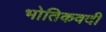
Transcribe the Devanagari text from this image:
भोतिकवदी